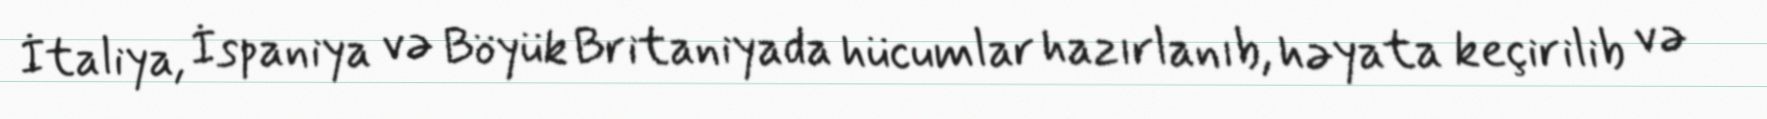
İtaliya, İspaniya və Böyük Britaniyada hücumlar hazırlanıb, həyata keçirilib və